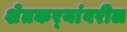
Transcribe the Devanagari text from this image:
शेतकर्‍यांवरील